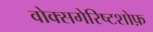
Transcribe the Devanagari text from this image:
वोक्सगेरिष्टशोफ़